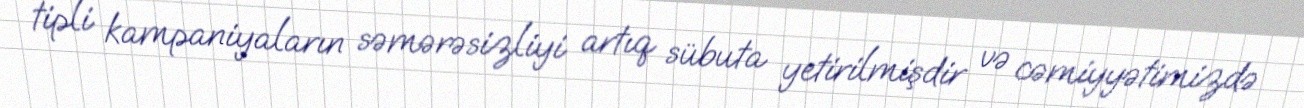
tipli kampaniyaların səmərəsizliyi artıq sübuta yetirilmişdir və cəmiyyətimizdə